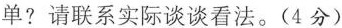
单?请联系实际谈谈看法。(4分)